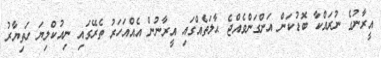
އީރާނުގެ ނުރައްކާ ބޮޑުކަން އަންގަންވެއްޖެ ޙާލަތެއްގައި އީރާނުން އެއްއަހަރު ތެރޭގައި ނިއުކްލިޔަ ހަތިޔާރު